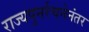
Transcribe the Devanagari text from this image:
राज्यपुनर्रचनेनंतर